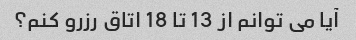
آیا می توانم از 13 تا 18 اتاق رزرو کنم؟